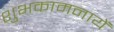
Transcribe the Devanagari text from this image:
शुभकामनायें